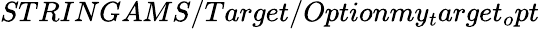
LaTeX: STRINGAMS/Target/Optionmy_{t}arget_{o}pt